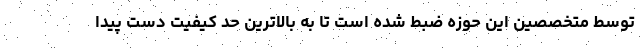
توسط متخصصین این حوزه ضبط شده است تا به بالاترین حد کیفیت دست پیدا